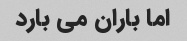
اما باران می بارد